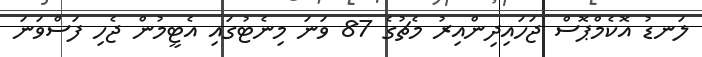
ލަނޑު އޮކެމްޕޮސް ޖަހައިދިންއިރު މެޗުގެ 87 ވަނަ މިނެޓުގައި އެޓީމުން ޖެހި ފަސްވަނަ